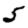
Digit: 5